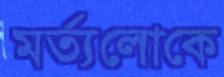
মর্ত্যলোকে